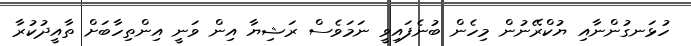
ހުޅަނގުންނާއި ޔުކްރޭނުން މިހެން ބުނެފައިވީ ނަމަވެސް ރަޝިޔާ އިން ވަނީ އިންތިހާބަށް ތާއީދުކުރާ